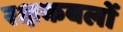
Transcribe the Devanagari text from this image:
रक्षकबलों